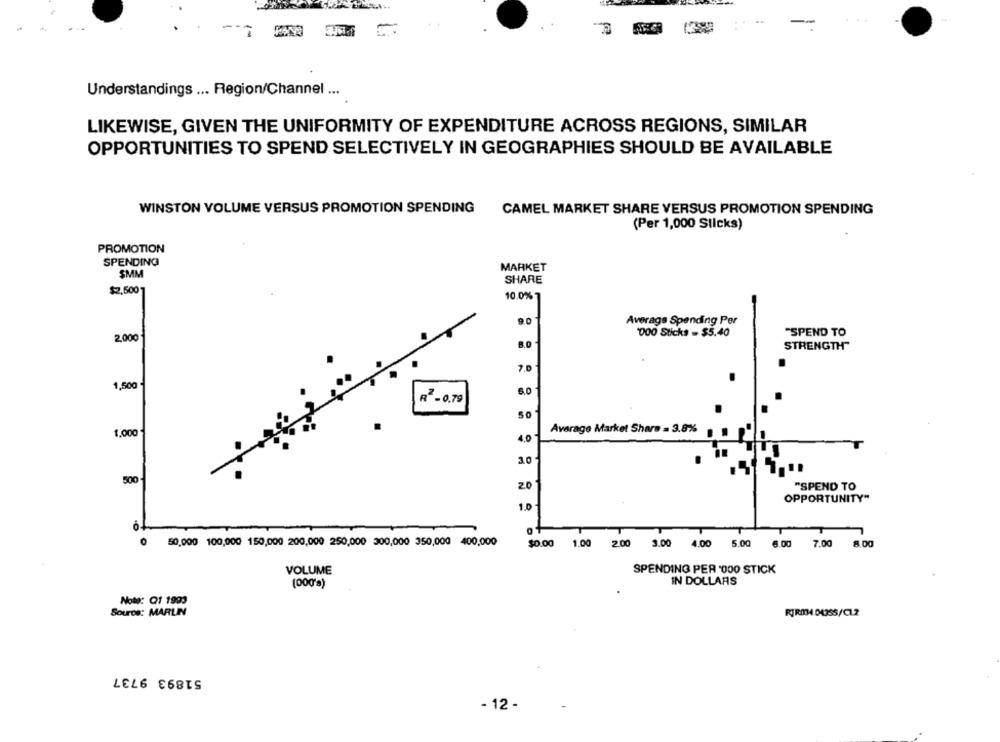
Understandings ... Region/Channel ...
LIKEWISE, GIVEN THE UNIFORMITY OF EXPENDITURE ACROSS REGIONS, SIMILAR
OPPORTUNITIES TO SPEND SELECTIVELY IN GEOGRAPHIES SHOULD BE AVAILABLE
WINSTON VOLUME VERSUS PROMOTION SPENDING
CAMEL MARKET SHARE VERSUS PROMOTION SPENDING
(Per 1,000 Slicks)
PROMOTION
SPENDING
MARKET
SMM
SHARE
$2,500 1
10.0%
90
Average Spending Per
'000 Sticks - $5.40
"SPEND TO
2,000
8.0
STRENGTH"
1,500
6.0
R -0.79
50
Average Market Share = 3.8%
1.000
4.0
30.
500
20
"SPEND TO
OPPORTUNITY"
1.0
T
T
T
0 50,000 100,000 150,000 200,000 250,000 300,000 350,000 400,000
$0.00
1.00
2.00 3.00 4.00 5.00 6.00
7.00
8.00
VOLUME
SPENDING PER 000 STICK
(000's)
IN DOLLARS
Note: Q1 1993
Source: MARLIN
RJR034.04355/CL2
51893 9737
- 12 -